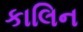
કાલિન